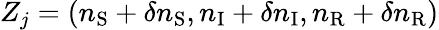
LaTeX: Z_{j}=(n_{\mathrm{S}}+\delta n_{\mathrm{S}},n_{\mathrm{I}}+\delta n_{\mathrm{I}},n_{\mathrm{R}}+\delta n_{\mathrm{R}})